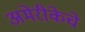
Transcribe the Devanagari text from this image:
अमेरीकेचे